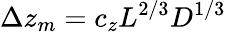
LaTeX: \Delta z_{m}=c_{z}L^{2/3}D^{1/3}